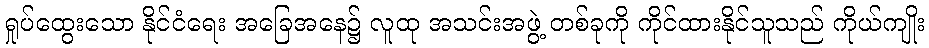
ရှုပ်ထွေးသော နိုင်ငံရေး အခြေအနေ၌ လူထု အသင်းအဖွဲ့ တစ်ခုကို ကိုင်ထားနိုင်သူသည် ကိုယ်ကျိုး